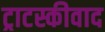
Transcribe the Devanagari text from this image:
ट्राटस्कीवाद